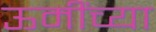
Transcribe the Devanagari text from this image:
ऊमींच्या